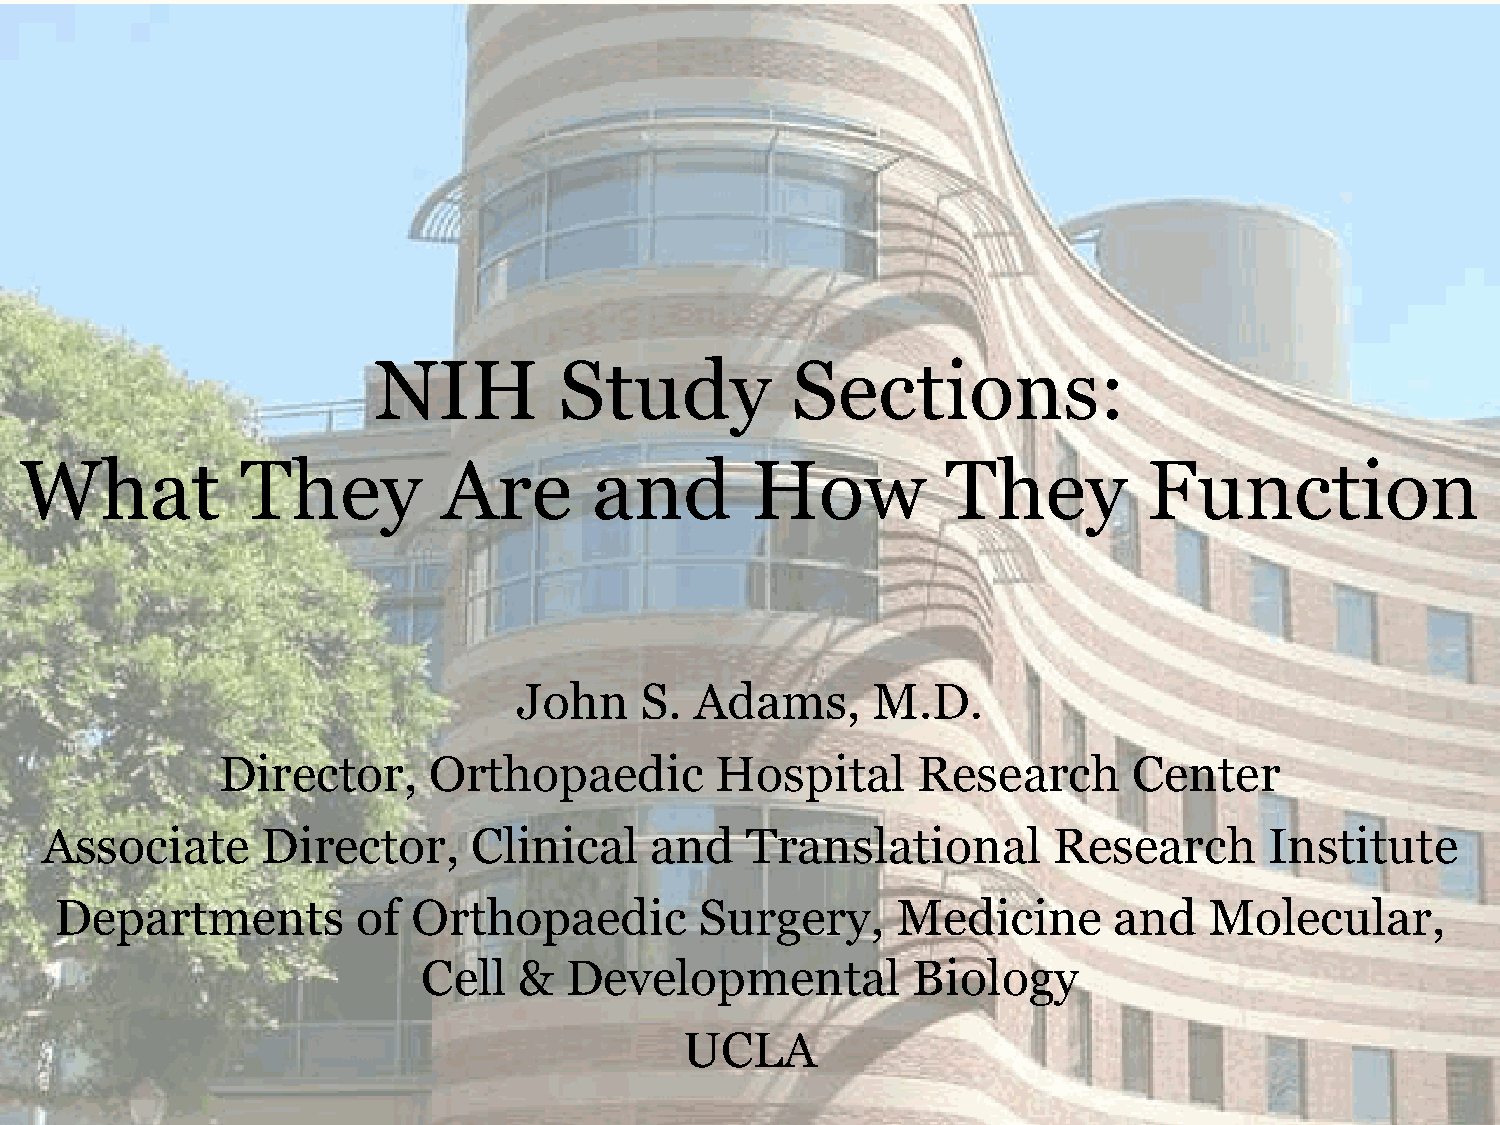
NIH         Study          Sections:
 What           They         Are       and        How          They         Function
 John    S.  Adams,      M.D.
 Director,    Orthopaedic        Hospital      Research      Center
 Associate     Director,     Clinical    and   Translational        Research      Institute
 Departments         of Orthopaedic        Surgery,     Medicine       and   Molecular,
 Cell  &  Developmental          Biology
 UCLA